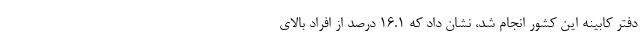
دفتر کابینه این کشور انجام شد، نشان داد که ۱۶.۱ درصد از افراد بالای